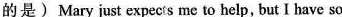
的是) Mary just expects me to help,but I have so